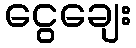
ငွေချေး